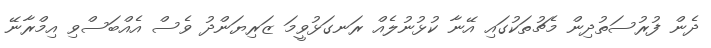
ދެން ފުރުސަތުދިން މެޗުތަކުގައި އޭނާ ކުޅުނުލެއް ރަނގަޅުވީމަ ޒަރިޔަންދު ވެސް އެއްބަސްވި އިމްރާނޭ